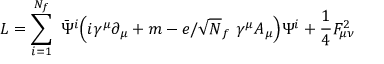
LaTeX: { \cal L } = \sum _ { i = 1 } ^ { N _ { f } } ~ \bar { { \Psi } } ^ { i } \Big ( i \gamma ^ { \mu } \partial _ { \mu } + m - e / \sqrt N _ { f } ~ \gamma ^ { \mu } A _ { \mu } \Big ) \Psi ^ { i } + \frac { 1 } { 4 } F _ { { \mu } { \nu } } ^ { 2 }